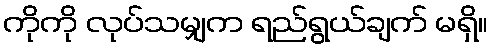
ကိုကို လုပ်သမျှက ရည်ရွယ်ချက် မရှိ။